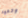
وتعود